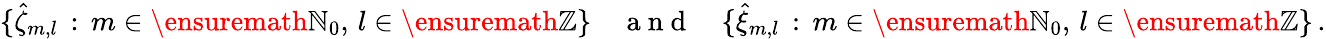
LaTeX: \{ \hat{\zeta}_{m,l}\, :\, m\in\ensuremath{\mathbb{N}}_{0},\, l\in\ensuremath{\mathbb{Z}}\} \quad\mathrm{~a~n~d~}\quad\{ \hat{\xi}_{m,l}\, :\, m\in\ensuremath{\mathbb{N}}_{0},\, l\in\ensuremath{\mathbb{Z}}\} \, .